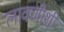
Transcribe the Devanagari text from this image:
लावणीशी